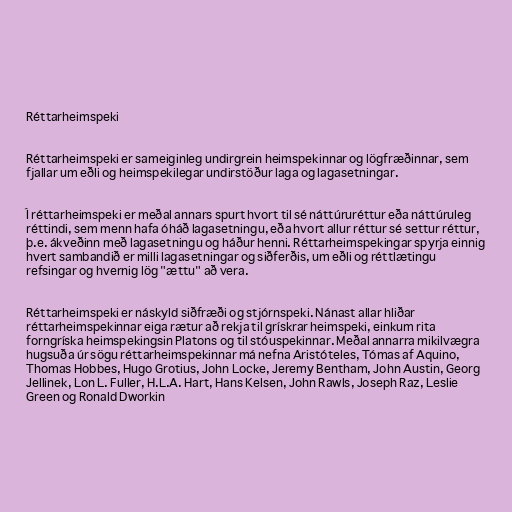
Réttarheimspeki

Réttarheimspeki er sameiginleg undirgrein heimspekinnar og lögfræðinnar, sem
fjallar um eðli og heimspekilegar undirstöður laga og lagasetningar.

Í réttarheimspeki er meðal annars spurt hvort til sé náttúruréttur eða náttúruleg
réttindi, sem menn hafa óháð lagasetningu, eða hvort allur réttur sé settur réttur,
þ.e. ákveðinn með lagasetningu og háður henni. Réttarheimspekingar spyrja einnig
hvert sambandið er milli lagasetningar og siðferðis, um eðli og réttlætingu
refsingar og hvernig lög "ættu" að vera.

Réttarheimspeki er náskyld siðfræði og stjórnspeki. Nánast allar hliðar
réttarheimspekinnar eiga rætur að rekja til grískrar heimspeki, einkum rita
forngríska heimspekingsin Platons og til stóuspekinnar. Meðal annarra mikilvægra
hugsuða úr sögu réttarheimspekinnar má nefna Aristóteles, Tómas af Aquino,
Thomas Hobbes, Hugo Grotius, John Locke, Jeremy Bentham, John Austin, Georg
Jellinek, Lon L. Fuller, H.L.A. Hart, Hans Kelsen, John Rawls, Joseph Raz, Leslie
Green og Ronald Dworkin